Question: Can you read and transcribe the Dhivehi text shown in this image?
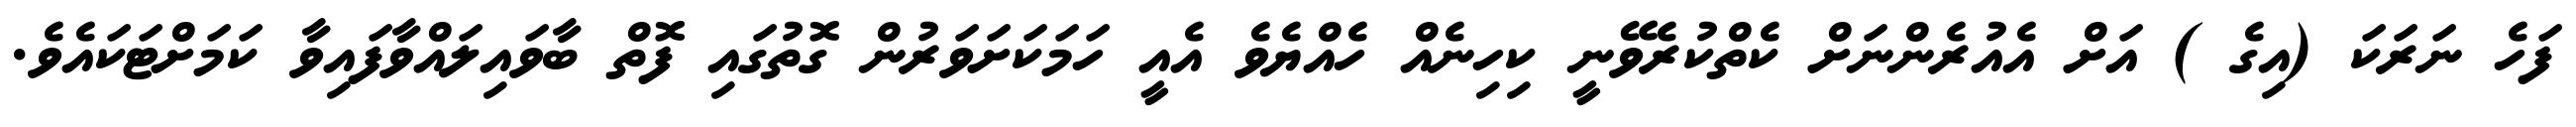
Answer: ފަހެ ނަރަކަ (އިގެ ) އަށް އެއުރެންނަށް ކެތްކުރެވޭނީ ކިހިނެއް ހެއްޔެވެ އެއީ ހަމަކަށަވަރުން ގޮތުގައި ފޮތް ބާވައިލައްވާފައިވާ ކަމަށްޓަކައެވެ.